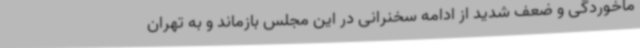
ماخوردگی و ضعف شدید از ادامه سخنرانی در این مجلس بازماند و به تهران